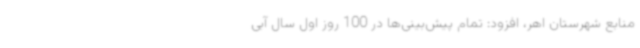
منابع شهرستان اهر، افزود: تمام پیش‌بینی‌ها در 100 روز اول سال آبی